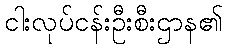
ငါးလုပ်ငန်းဦးစီးဌာန၏